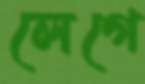
লেগে